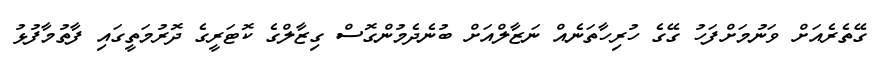
ގޭތެރެއަށް ވަނުމަށްފަހު ގޭގެ ހުރިހާތަނެއް ނަޒާލްއަށް ބުނެދެމުންގޮސް ގިޒާލްގެ ކޮޓަރީގެ ދޮރުމަތީގައި ފާތުމާފުޅު